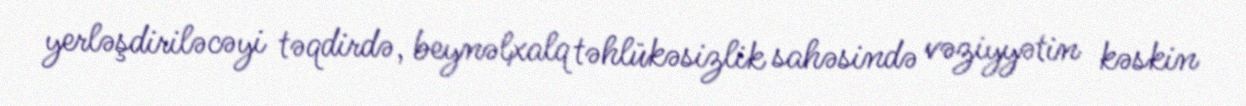
yerləşdiriləcəyi təqdirdə, beynəlxalq təhlükəsizlik sahəsində vəziyyətin kəskin